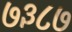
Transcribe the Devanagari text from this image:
७३८७